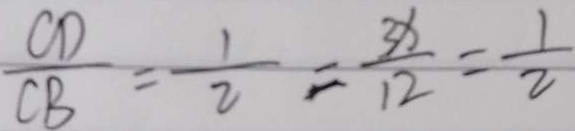
\frac { C D } { C B } = \frac { 1 } { 2 } = \frac { 3 x } { 1 2 } = \frac { 1 } { 2 }